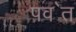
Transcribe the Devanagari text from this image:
पव॑त